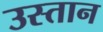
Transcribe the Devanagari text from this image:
उस्तान